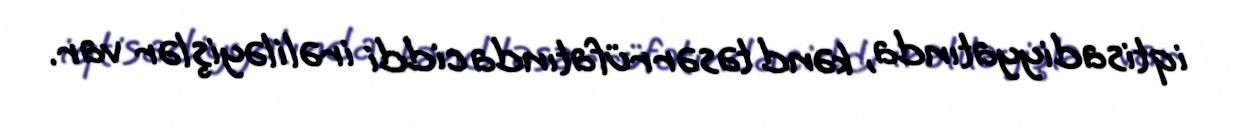
iqtisadiyyatında, kənd təsərrüfatında ciddi irəliləyişlər var.